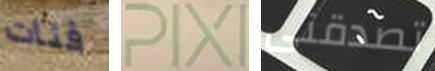
فئات PIXI تصدقنى